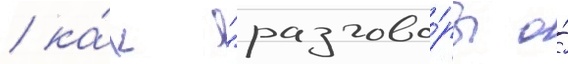
/ ка́к "разгово́ры о́